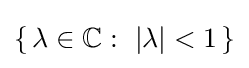
\{\,\lambda \in \mathbb {C} :\ |\lambda |<1\,\}